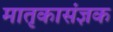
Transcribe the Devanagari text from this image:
मातृकासंज्ञक